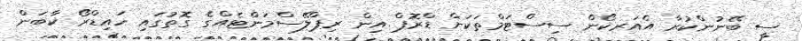
ސީ ބޭނުންކުރާ އެއަރކޯން ސިސްޓަމްތަކަށް ޑްރޮޕް އިން ރިޕްލޭސްމަންޓެއްގެ ގޮތުގައި ހައިޑްރޯ ކާބަން